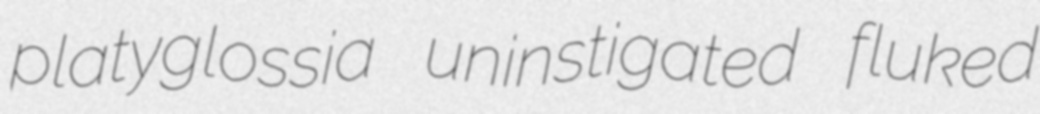
platyglossia uninstigated fluked